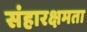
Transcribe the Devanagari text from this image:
संहारक्षमता